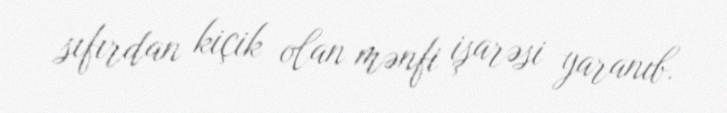
sıfırdan kiçik olan mənfi işarəsi yaranıb.